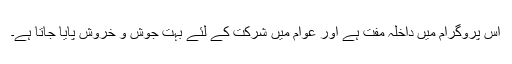
اس پروگرام میں داخلہ مفت ہے اور عوام میں شرکت کے لئے بہت جوش و خروش پایا جاتا ہے۔